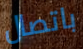
باتصال